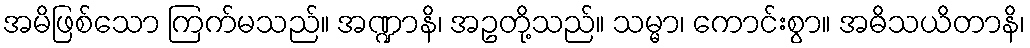
အမိဖြစ်သော ကြက်မသည်။ အဏ္ဍာနိ၊ အဥတို့သည်။ သမ္မာ၊ ကောင်းစွာ။ အဓိသယိတာနိ၊